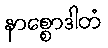
နာစ္စောဒါတံ